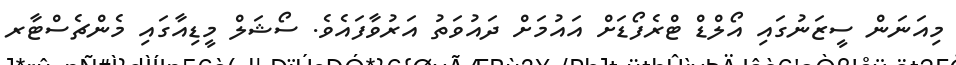
މިއަނަން ސީޒަނުގައި އޯލްޑް ޓްރެފޯޑަށް އައުމަށް ދައުވަތު އަރުވާފައެވެ. ސޯޝަލް މީޑިއާގައި މެންޗެސްޓާރ